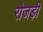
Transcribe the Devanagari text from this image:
रोजड़ी